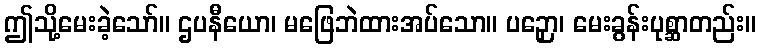
ဤသို့မေးခဲ့သော်။ ဌပနီယော၊ မဖြေဘဲထားအပ်သော။ ပဉှော၊ မေးခွန်းပုစ္ဆာတည်း။